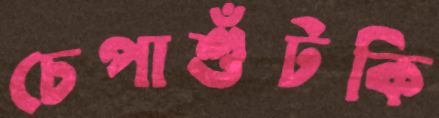
চেপাশুঁটকি